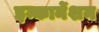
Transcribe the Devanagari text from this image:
इन्कार्नेशन